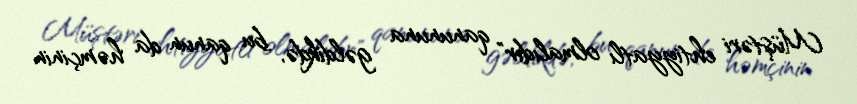
Müştəri ehtiyyatlı olmalıdır" qanununa gəldikdə, bu qanun da həmçinin